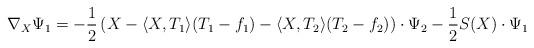
LaTeX: \begin{align*}\nabla_X\Psi_1=-\frac{1}{2}\left(X-\langle X,T_1\rangle (T_1-f_1)-\langle X,T_2\rangle (T_2-f_2)\right)\cdot\Psi_2-\frac{1}{2}S(X)\cdot\Psi_1\end{align*}